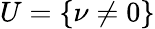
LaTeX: U=\{ \nu\neq 0\}